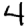
Digit: 4